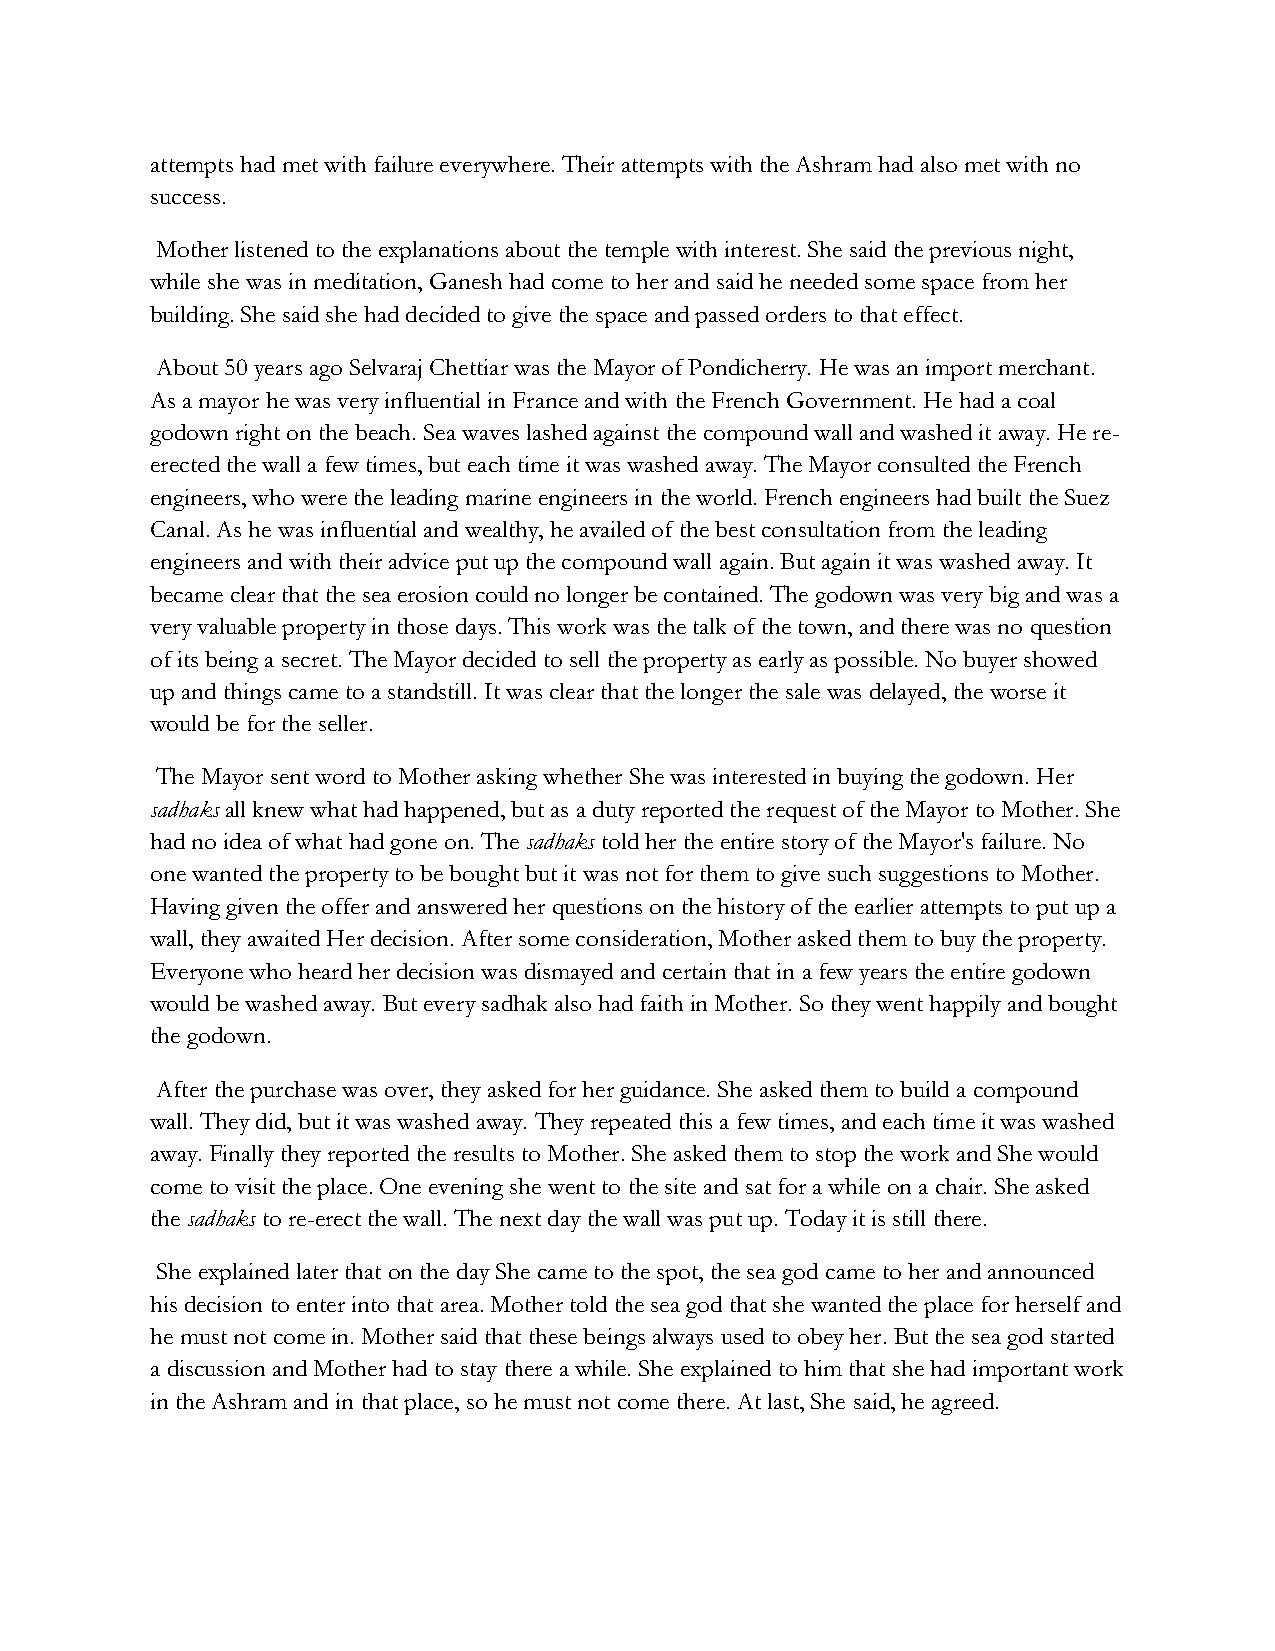
attempts had met with failure everywhere. Their attempts with the Ashram had also met with no
 success.
 Mother listened to the explanations about the temple with interest. She said the previous night,
 while she was in meditation, Ganesh had come to her and said he needed some space from her
 building. She said she had decided to give the space and passed orders to that effect.
 About 50 years ago Selvaraj Chettiar was the Mayor of Pondicherry. He was an import merchant.
 As a mayor he was very influential in France and with the French Government. He had a coal
 godown right on the beach. Sea waves lashed against the compound wall and washed it away. He re-
 erected the wall a few times, but each time it was washed away. The Mayor consulted the French
 engineers, who were the leading marine engineers in the world. French engineers had built the Suez
 Canal. As he was influential and wealthy, he availed of the best consultation from the leading
 engineers and with their advice put up the compound wall again. But again it was washed away. It
 became clear that the sea erosion could no longer be contained. The godown was very big and was a
 very valuable property in those days. This work was the talk of the town, and there was no question
 of its being a secret. The Mayor decided to sell the property as early as possible. No buyer showed
 up and things came to a standstill. It was clear that the longer the sale was delayed, the worse it
 would be for the seller.
 The Mayor sent word to Mother asking whether She was interested in buying the godown. Her
 sadhaks all knew what had happened, but as a duty reported the request of the Mayor to Mother. She
 had no idea of what had gone on. The sadhaks told her the entire story of the Mayor's failure. No
 one wanted the property to be bought but it was not for them to give such suggestions to Mother.
 Having given the offer and answered her questions on the history of the earlier attempts to put up a
 wall, they awaited Her decision. After some consideration, Mother asked them to buy the property.
 Everyone who heard her decision was dismayed and certain that in a few years the entire godown
 would be washed away. But every sadhak also had faith in Mother. So they went happily and bought
 the godown.
 After the purchase was over, they asked for her guidance. She asked them to build a compound
 wall. They did, but it was washed away. They repeated this a few times, and each time it was washed
 away. Finally they reported the results to Mother. She asked them to stop the work and She would
 come to visit the place. One evening she went to the site and sat for a while on a chair. She asked
 the sadhaks to re-erect the wall. The next day the wall was put up. Today it is still there.
 She explained later that on the day She came to the spot, the sea god came to her and announced
 his decision to enter into that area. Mother told the sea god that she wanted the place for herself and
 he must not come in. Mother said that these beings always used to obey her. But the sea god started
 a discussion and Mother had to stay there a while. She explained to him that she had important work
 in the Ashram and in that place, so he must not come there. At last, She said, he agreed.